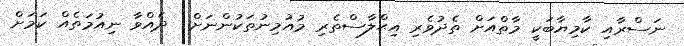
ނަސްރާއި ކާމިޔާބަކީ މާތްއަށް ތެދުވެރި އިޙްލާސްތެރި މުއުމިނުތަކުންނަށް  ދެއްވާ ނިއުމަތެއް ކަމަށް